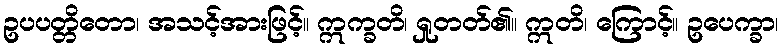
ဥပပတ္တိတော၊ အသင့်အားဖြင့်။ ဣက္ခတိ၊ ရှုတတ်၏။ ဣတိ၊ ကြောင့်။ ဥပေက္ခာ၊